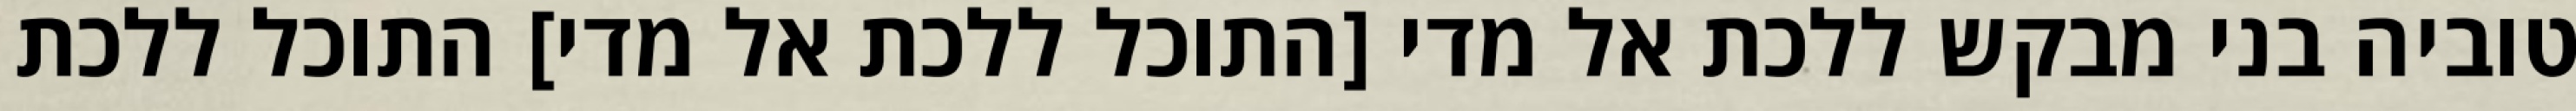
טוביה בני מבקש ללכת אל מדי [התוכל ללכת אל מדי] התוכל ללכת